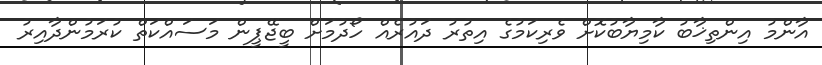
އާންމު އިންތިޚާބު ކާމިޔާބުކޮށް ވެރިކަމުގެ އިތުރު ދައުރެއް ހޯދުމަށް ބީޖޭޕީން މަސައްކަތް ކުރަމުންދާއިރު